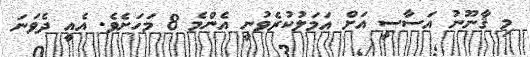
މި ޤާނޫނު އަސާސީ އަށް އަމަލުކުރެވުނީ އެންމެ 8 މަހަށެވެ. އެއީ ދެވަނަ